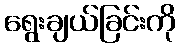
ရွေးချယ်ခြင်းကို